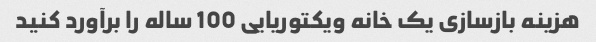
هزینه بازسازی یک خانه ویکتوریایی 100 ساله را برآورد کنید